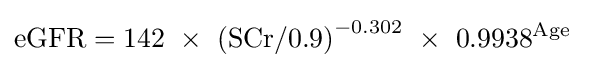
\mathrm {eGFR} =142\ \times \ \mathrm {(SCr/0.9)} ^{-0.302}\ \times \ 0.9938^{\text{Age}}\